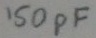
Text: 150pF